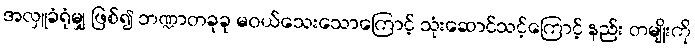
အလှူခံရုံမျှ ဖြစ်၍ ဘဏ္ဍာတခုခု မဝယ်သေးသောကြောင့် သုံးဆောင်သင့်ကြောင့် နည်း တမျိုးကို